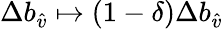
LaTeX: \Delta b_{\hat{v}}\mapsto(1-\delta)\Delta b_{\hat{v}}